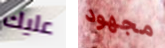
عليك مجهود